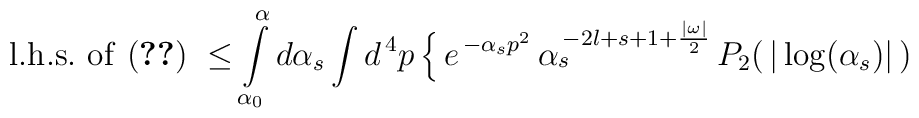
{\rm l.h.s.\  of\  (\ref{th1})}\ \leq\int\limits_{\alpha_{0}}^{\alpha}d\alpha_{s}\int d^{\,4}p\,\Bigl\{\,e^{\,-\alpha_{s}p^{2}} \,\alpha_{s}^{\,-2l+s+1+\frac{\vert\omega\vert}{2}}\,P_{2}(\,\vert\log(\alpha_{s})\vert\,)